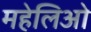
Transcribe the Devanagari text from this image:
महेलिओ